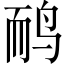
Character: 鸸